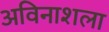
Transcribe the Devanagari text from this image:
अविनाशला